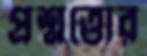
প্রশ্নত্তোর